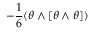
- \frac 1 6 \langle \theta \wedge [ \theta \wedge \theta ] \rangle